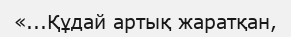
«...Құдай артық жаратқан,